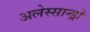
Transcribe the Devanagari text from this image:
अलेस्सान्ड्रो